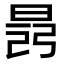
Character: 𣇎